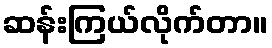
ဆန်းကြယ်လိုက်တာ။